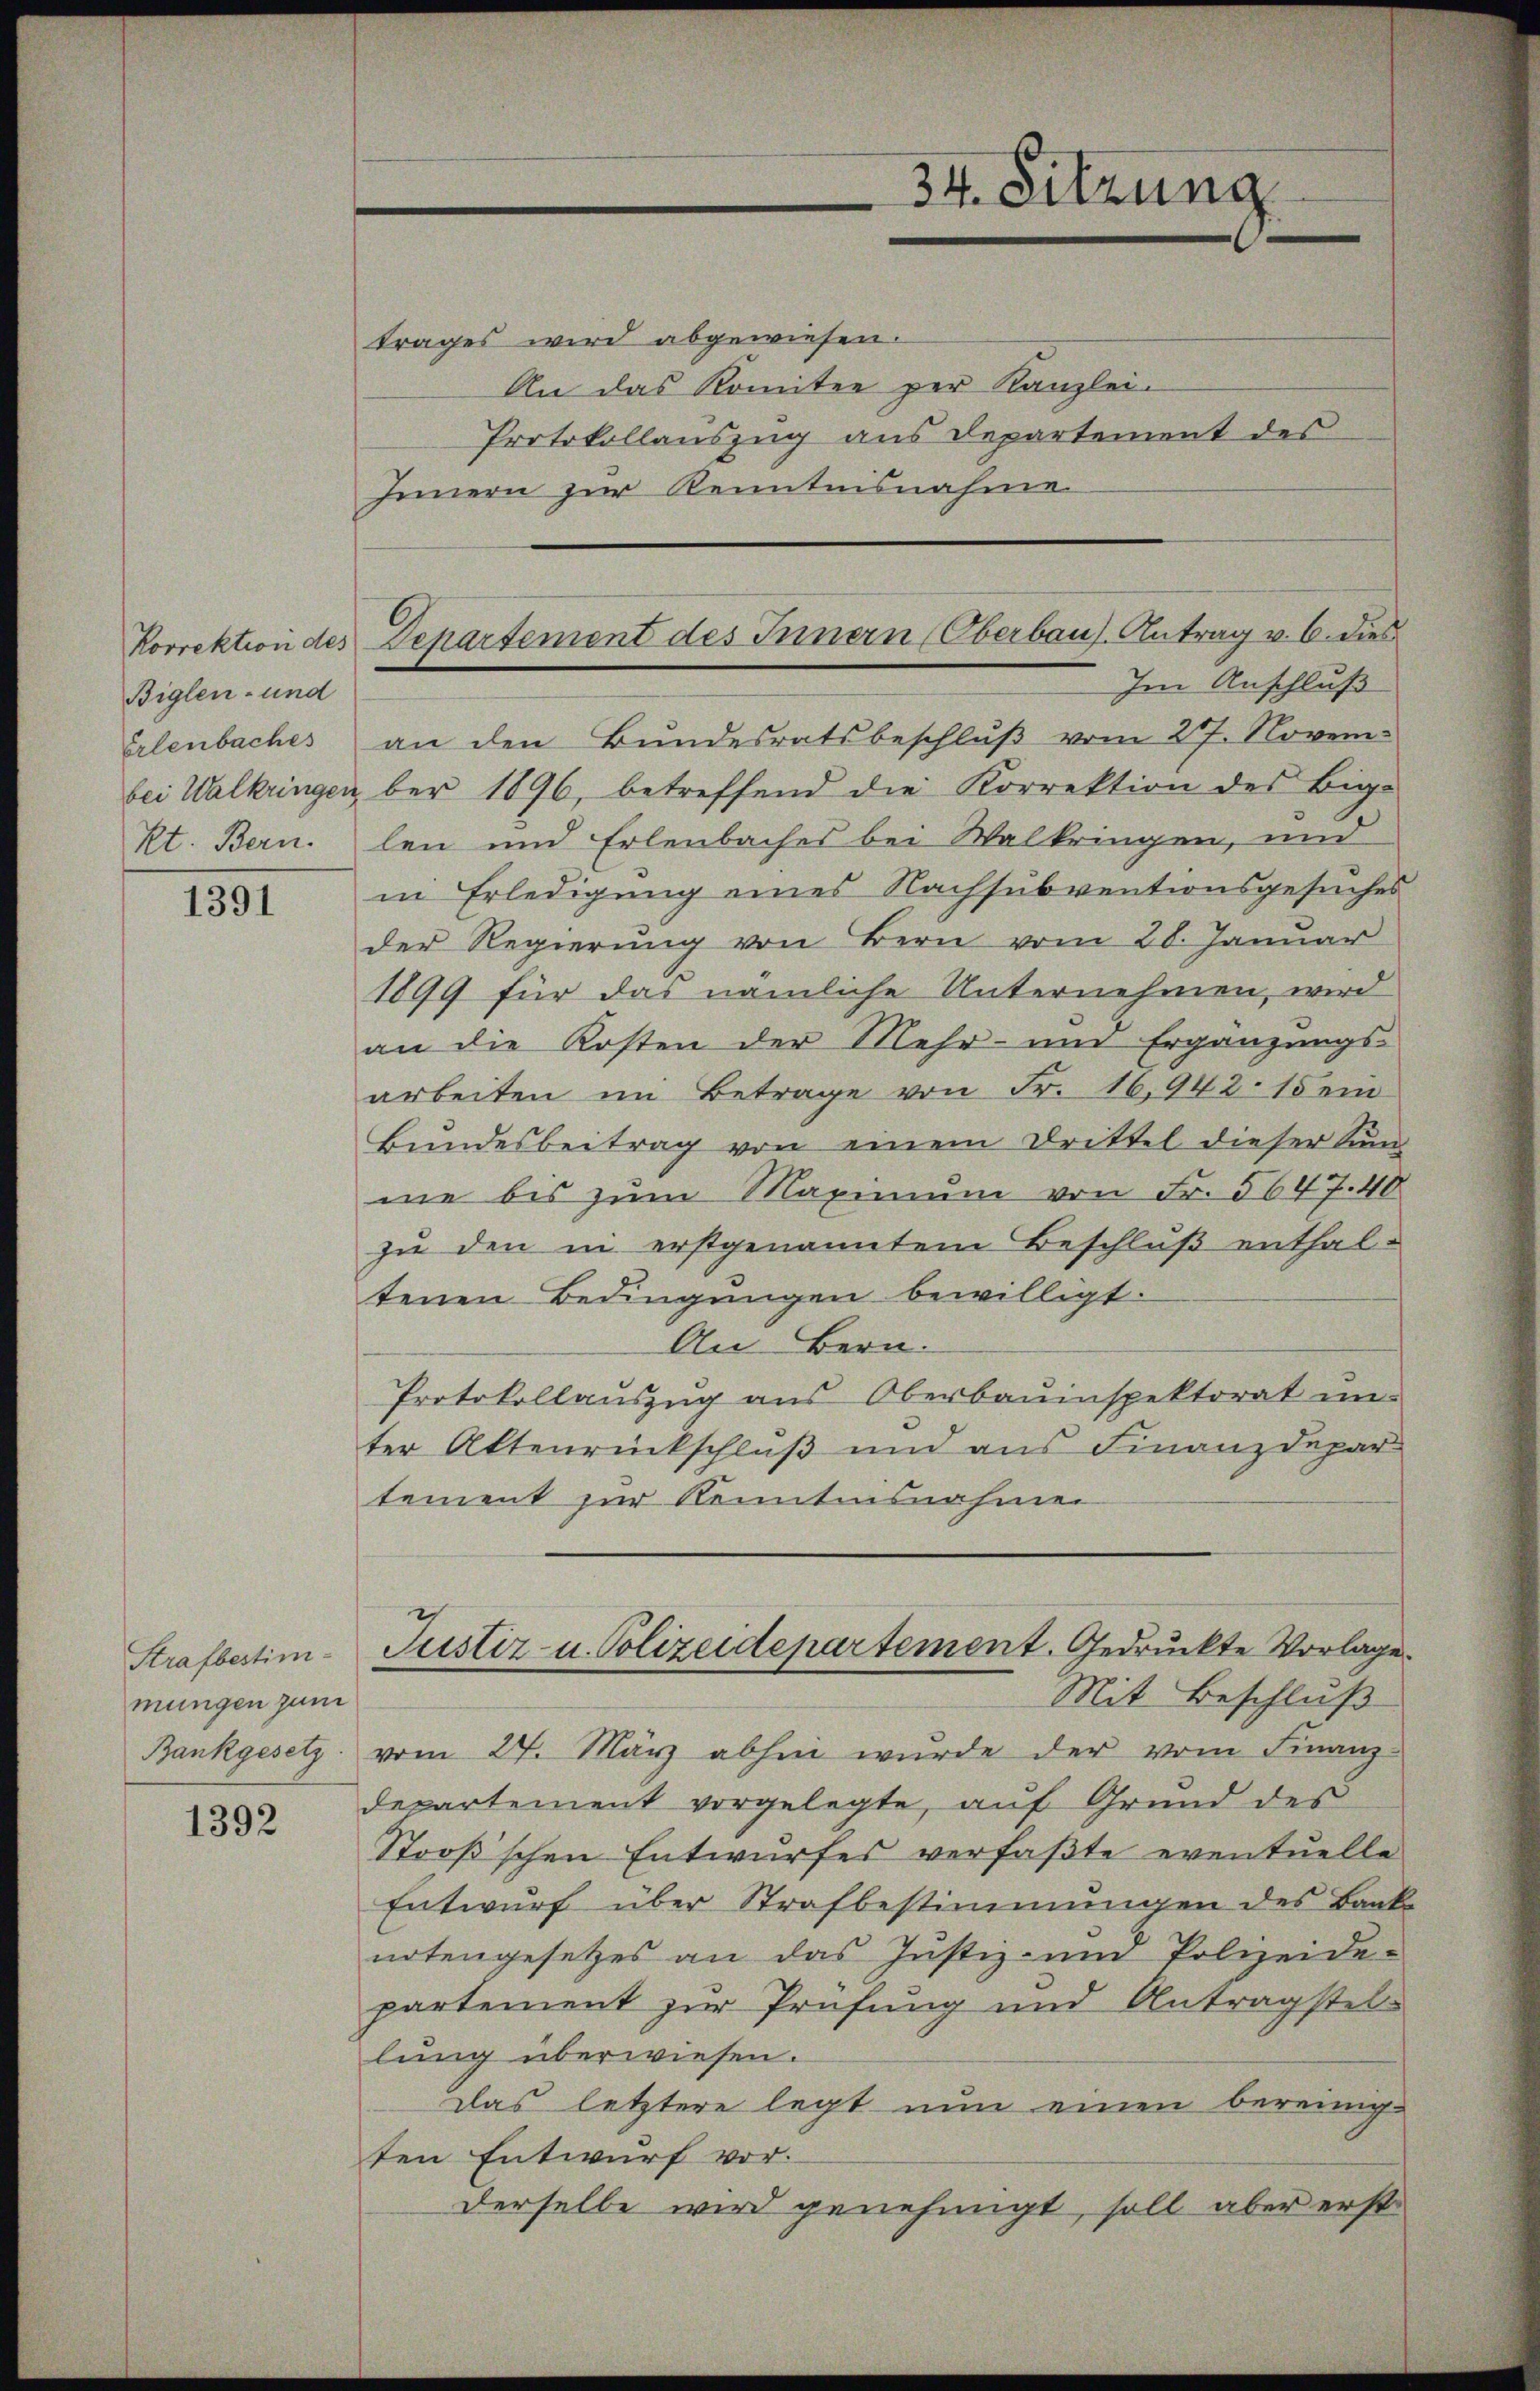
Korrektion des
Biglen- und
Erlenbaches
bei Walkringen
Kt. Bern.

1391

Strafbestim-
mungen zum
Bankgesetz

1392

trages wird abgewiesen.
An das Komitee per Kanzlei-
Protokollauszug aus Departement des
Innern zur Kenntnisnahme

34. Sitzung

Departement des Innern Oberbaus. Antrag v. 6. dies
Im Anschluß

ber 1896, betreffend die Korrektion des Big-
len und Erlenbaches bei Walkringen, und
in Erledigung eines Nachsubventionsgesuches
der Regierung von Bern vom 28. Januar
1899 für das nämliche Unternehmen, wird
an die Kosten der Mehr- und Ergänzungs-
arbeiten im Betrage von Fr. 16.942. 15 ei
Bŭndesbeitrag von einem Drittel dieser Sun
me bis zum Maximum von Fr. 5647. 40
zu den in erstgenanntem Beschluß enthaltenen Bedingungen bewilligt.
An Bern.
Protokollauszug aus Oberbauinspektorat un
ter Altenrückschluß und aus Finanzdepar
tement zur Kenntnisnahmen
Justiz- u. Polizeidepartement. Gedruckte Vorlage.
Mit Beschluß
vom 27. März abhin wurde der vom Finanz-
departement vorgelegte, auf Grund des
Stooßschen Entwurfes verfaßte eventuelle
Entwurf über Strafbestimmungen des Banke
notengesetzes an das Justiz- und Polizeide-
partement zur Prüfung und Antragstellung überwiesen.
Das letztere legt nun einen bereinig-
ten Entwurf vor.
derselbe wird genehmigt, soll aber erst

an den Bundesratsbeschluß vom 27. Novem¬